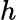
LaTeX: h